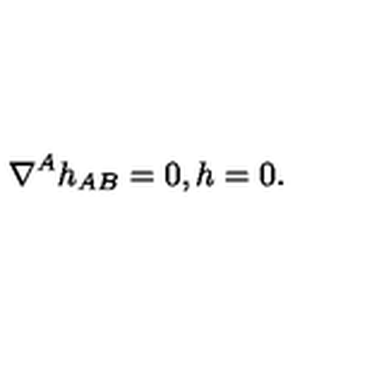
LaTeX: \nabla ^ { A } h _ { A B } = 0 , h = 0 .